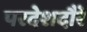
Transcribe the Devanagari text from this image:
परदेशदौरे